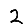
Digit: 2